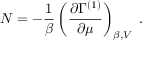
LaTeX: N = - \frac { 1 } { \beta } \left( \frac { \partial \Gamma ^ { ( 1 ) } } { \partial \mu } \right) _ { \beta , V } \; .